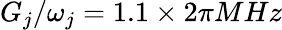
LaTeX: G_{j}/\omega_{j}=1.1\times 2\pi MHz